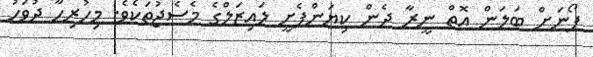
ފޯނަށް ބަލަން އޮތް ނީރާ ދެން ކިޔަންފެށީ ލައިޒަލްގެ މެސެޖުތަކެވެ. މިހުރިހާ ދުވަހު